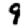
Digit: 9